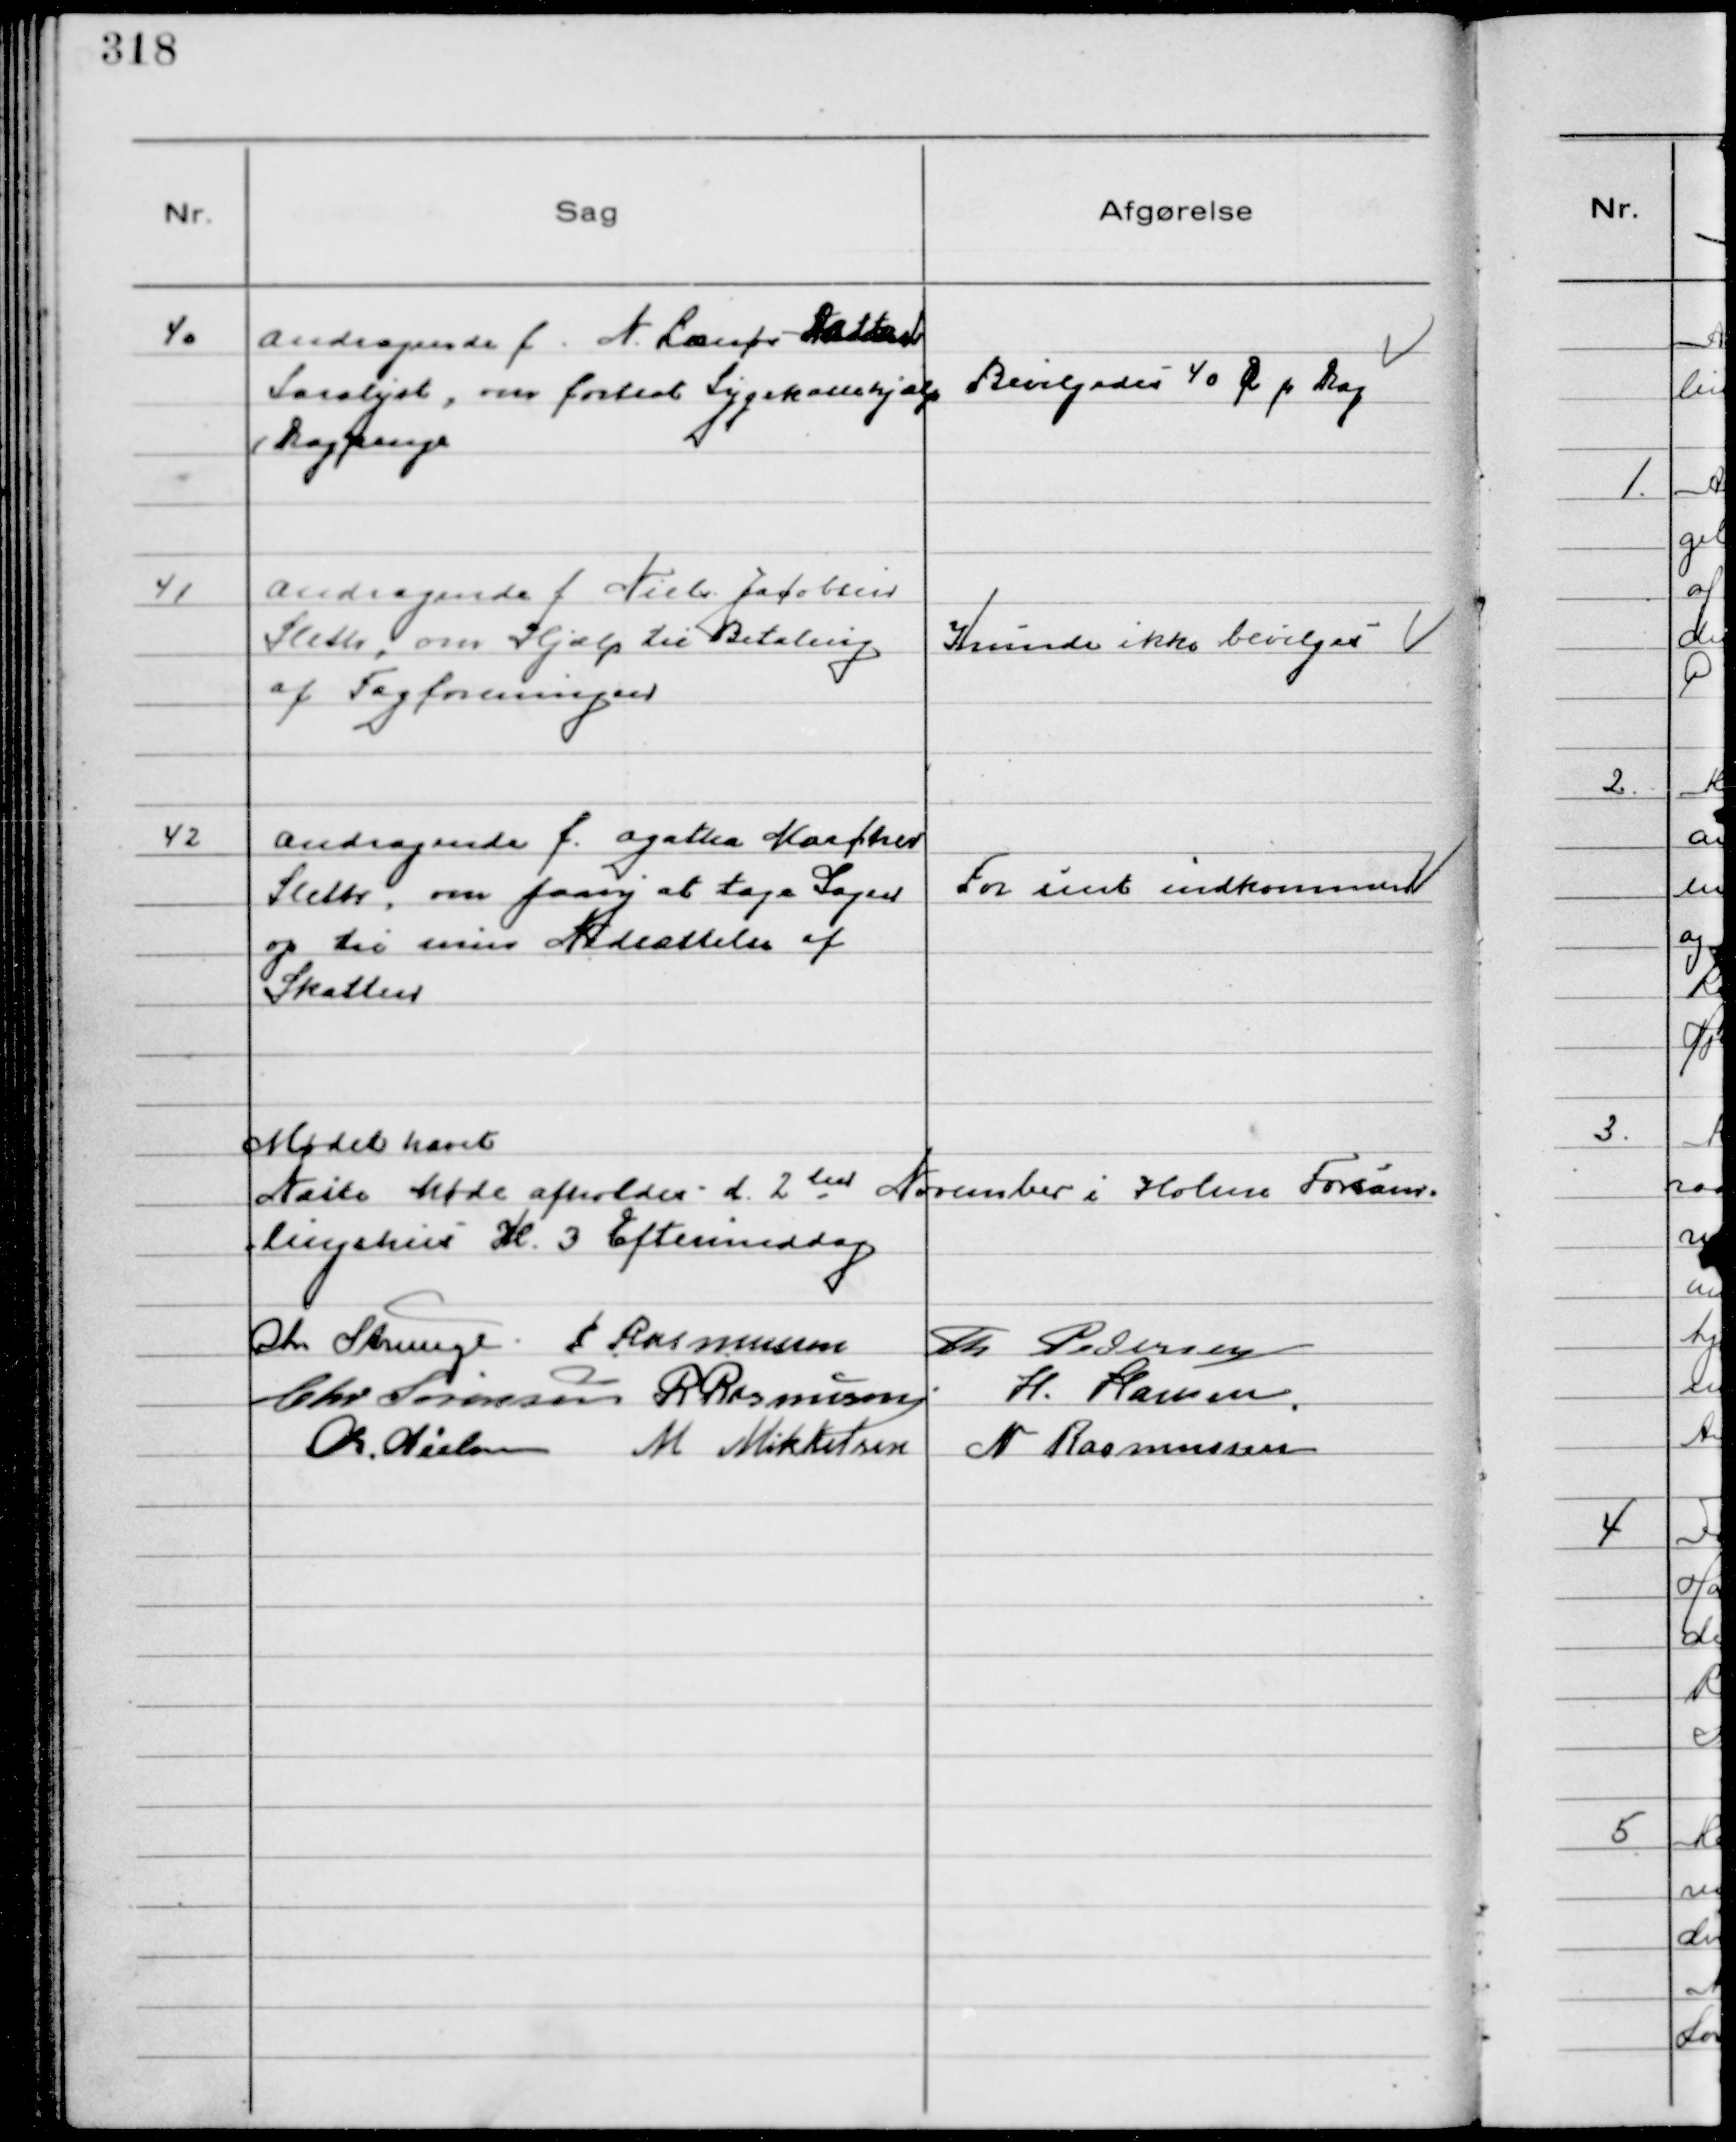
Transskription:
40
Andragende f. N. Lænøs Datter
Saralyst, om fortsat Sygekassehjælp
(Dagpenge

Bevilgedes 40 Øre pr Dag

41
Andragende f. Niels Jacobsen
Sleth, om Hjælp til Betaling
af Fagforeningen

Kunde ikke bevilges

42
Andragende f. Agathe Marcher
Sleth, om paany at tage Sagen
op til min Nedsættelse af
Skatten

For sent indkommen

Mødet hævet
Næste Møde afholdes d. 2 den November i Holme Forsam-
lingshus Kl. 3 Eftemiddag
Chr Strunge P Rasmussen Th Pedersen
Chr Sørensen R Rasmussen H. Hansen.
Chr. Nielsen M Mikkelsen N Rasmussen